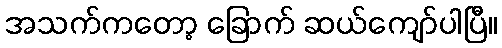
အသက်ကတော့ ခြောက် ဆယ်ကျော်ပါပြီ။